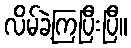
လိမ်ခဲ့ကြပြီးပြီ။